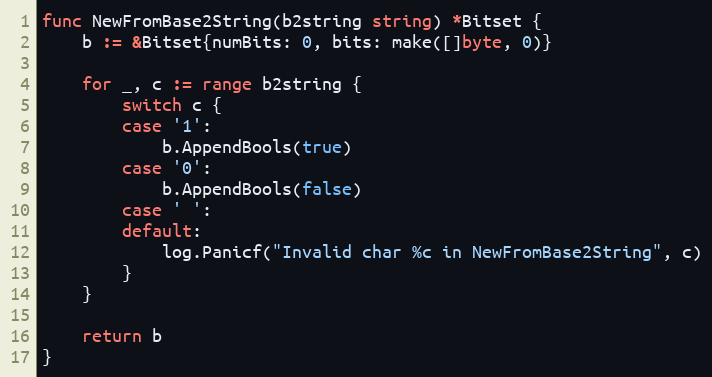
Language: Go
func NewFromBase2String(b2string string) *Bitset {
	b := &Bitset{numBits: 0, bits: make([]byte, 0)}

	for _, c := range b2string {
		switch c {
		case '1':
			b.AppendBools(true)
		case '0':
			b.AppendBools(false)
		case ' ':
		default:
			log.Panicf("Invalid char %c in NewFromBase2String", c)
		}
	}

	return b
}